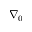
\nabla _ { 0 }